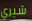
شيري